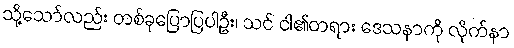
သို့သော်လည်း တစ်ခုပြောပြပါဦး၊ သင် ငါ၏တရား ဒေသနာကို လိုက်နာ